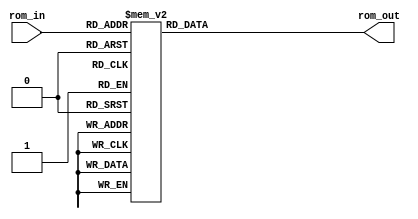
module ROM(
	output reg [7:0] rom_out,
	input [3:0] rom_in
	);
	
	always @(*)
	begin
		rom_out = 8'bx;
		case(rom_in)
			4'b0000: rom_out = 8'b0000_1001; //LDA
			4'b0001: rom_out = 8'b0001_1010; //ADD
			4'b0010: rom_out = 8'b0001_1011; //ADD
			4'b0011: rom_out = 8'b0010_1100; //SUB
			4'b0100: rom_out = 8'b1110_xxxx; //OUT
			4'b0101: rom_out = 8'b1111_xxxx; //HLT
			4'b0110: rom_out = 8'bxxxx_xxxx;
			4'b0111: rom_out = 8'bxxxx_xxxx;
			4'b1000: rom_out = 8'bxxxx_xxxx;
			4'b1001: rom_out = 8'b0001_0000;
			4'b1010: rom_out = 8'b0001_0100;
			4'b1011: rom_out = 8'b0001_1000;
			4'b1100: rom_out = 8'b0010_0000;	
		endcase
	end
	
endmodule